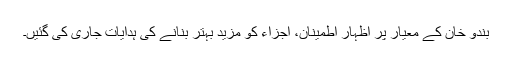
بندو خان کے معیار پر اظہار اطمینان، اجزاء کو مزید بہتر بنانے کی ہدایات جاری کی گئیں۔